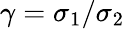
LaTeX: \gamma=\sigma_{1}/\sigma_{2}